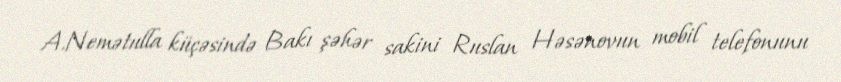
A.Nemətulla küçəsində Bakı şəhər sakini Ruslan Həsənovun mobil telefonunu